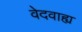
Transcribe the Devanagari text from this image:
वेदवाह्य